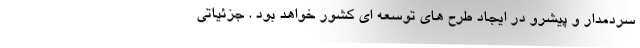
سردمدار و پيشرو در ايجاد طرح هاي توسعه اي كشور خواهد بود . جزئیاتی